Scottish Leaving Certificate Examination, 1958
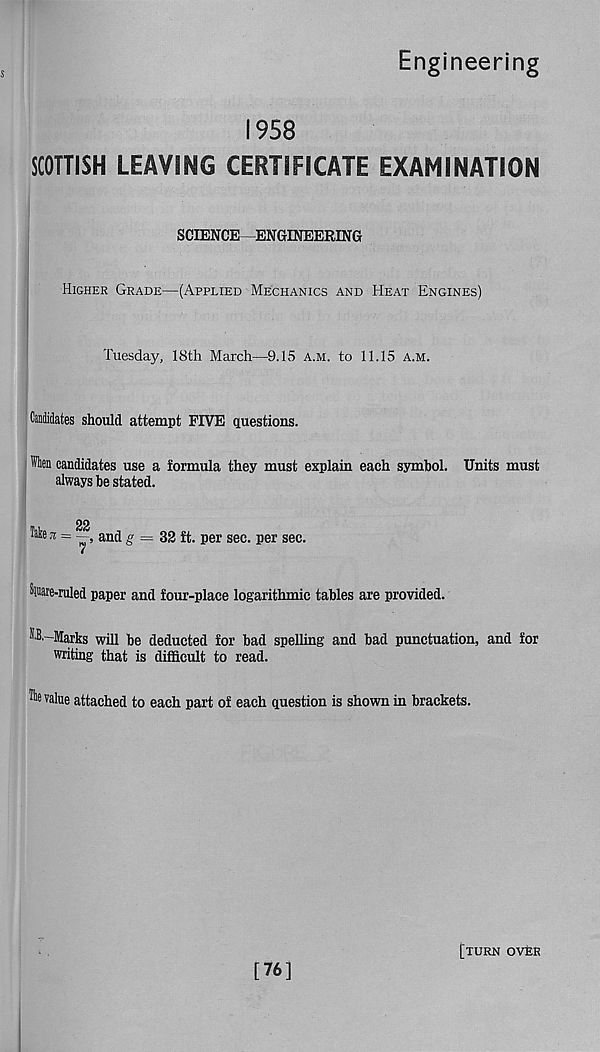
Engineering
1958
SCOTTISH LEAVING CERTIFICATE EXAMINATION
SCIENCE—ENGINEERING
Higher Grade—(Applied Mechanics and Heat Engines)
Tuesday, 18th March—9.15 a.m. to 11.15 a.m.
Candidates should attempt FIVE questions.
leu candidates use a formula they must explain each symbol. Units must
always be stated.
22
Take 3i = —, and g = 32 ft. per sec. per sec.
Sjaare-ruled paper and four-place logarithmic tables are provided.
NB.-Marks will be deducted for bad spelling and bad punctuation, and for
writing that is difficult to read.
®e value attached to each part of each question is shown in brackets.
[76]
[turn over